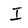
Character: I